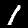
Digit: 1